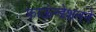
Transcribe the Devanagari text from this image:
फाऊंन्‍डेशनने